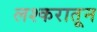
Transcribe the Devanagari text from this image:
लश्करातून